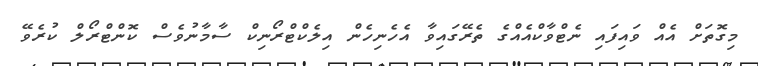
މިގޮތަށް އެއް ވައިފައި ނެޓްވާކްއެއްގެ ތެރޭގައިވާ އެހެނިހެން އިލެކްޓްރޯނިކް ސާމާނުވެސް ކޮންޓްރޯލް ކުރެވޭ